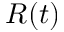
R ( t )